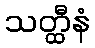
သတ္ထီနံ